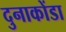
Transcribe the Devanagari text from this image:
दुनाकोंडा